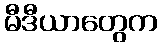
မီဒီယာတွေက